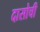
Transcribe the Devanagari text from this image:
दासोची